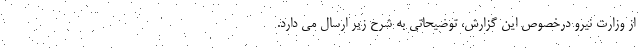
از وزارت نیرو درخصوص این گزارش،‌ توضیحاتی به شرح زیر ارسال می دارد.